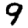
Digit: 9